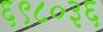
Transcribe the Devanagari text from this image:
६९८०३६